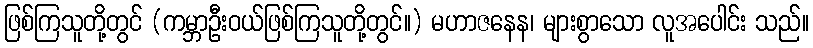
ဖြစ်ကြသူတို့တွင် (ကမ္ဘာဦးဝယ်ဖြစ်ကြသူတို့တွင်။) မဟာဇနေန၊ များစွာသော လူအပေါင်း သည်။